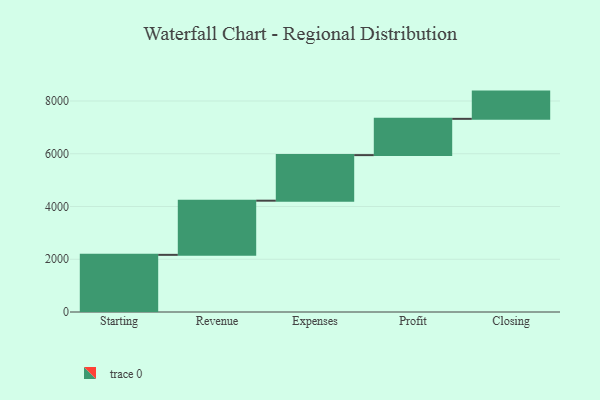
{"axis": {"x": "Step", "y": "Value"}, "legend": [""], "data": [{"x": "Starting", "y": 2167.0, "type": ""}, {"x": "Revenue", "y": 2054.0, "type": ""}, {"x": "Expenses", "y": 1728.0, "type": ""}, {"x": "Profit", "y": 1375.0, "type": ""}, {"x": "Closing", "y": 1033.0, "type": ""}]}